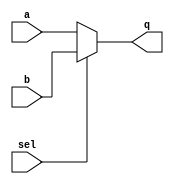
//--------------------------------------------------------------------------------------------
//
// Generated by X-HDL VHDL Translator - Version 2.0.0 Feb. 1, 2011
// ?? ?? 29 2018 17:09:54
//
//      Input file      : 
//      Component name  : mux_2_1
//      Author          : 
//      Company         : 
//
//      Description     : 
//
//
//--------------------------------------------------------------------------------------------


module mux_2_1(sel, a, b, q);
   parameter               DATA_WIDTH = 4;
   input                   sel;
   input [DATA_WIDTH-1:0]  a;
   input [DATA_WIDTH-1:0]  b;
   output [DATA_WIDTH-1:0] q;

   
   
   assign q = (sel==1'b1)? b:a;
   
endmodule